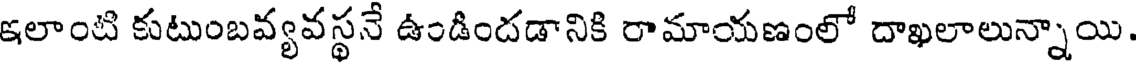
ఇలాంటి కుటుంబవ్యవస్థనే ఉండిందడానికి రామాయణంలో దాఖలాలున్నాయి